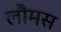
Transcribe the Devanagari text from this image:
लौमस